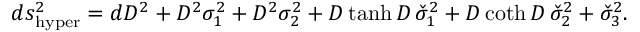
d s _ { \mathrm { h y p e r } } ^ { 2 } = d D ^ { 2 } + D ^ { 2 } \sigma _ { 1 } ^ { 2 } + D ^ { 2 } \sigma _ { 2 } ^ { 2 } + D \operatorname { t a n h } D \, \check { \sigma } _ { 1 } ^ { 2 } + D \coth D \, \check { \sigma } _ { 2 } ^ { 2 } + \check { \sigma } _ { 3 } ^ { 2 } .